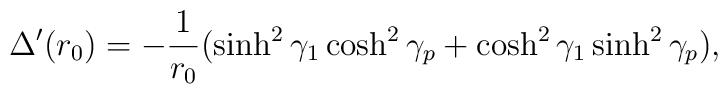
\Delta'(r_0) = -{1 \over r_0}(\sinh^2 \gamma_1 \cosh^2 \gamma_p + \cosh^2 \gamma_1 \sinh^2 \gamma_p ),